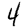
Digit: 4